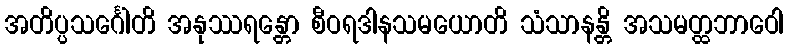
အတိပ္ပသင်္ဂေါတိ အနုဿရန္တော စီဝရဒါနသမယောတိ သံသာနန္တိ အသမတ္ထဘာဝေါ